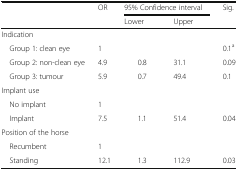
<table><thead><tr><td rowspan="2"></td><td><b>OR</b></td><td colspan="2"><b>95% Confidence interval</b></td><td rowspan="2"><b>Sig.</b></td></tr><tr><td></td><td><b>Lower</b></td><td><b>Upper</b></td></tr></thead><tbody><tr><td colspan="5">Indication</td></tr><tr><td> Group 1: clean eye</td><td>1</td><td></td><td></td><td>0.1<sup>a</sup></td></tr><tr><td> Group 2: non-clean eye</td><td>4.9</td><td>0.8</td><td>31.1</td><td>0.09</td></tr><tr><td> Group 3: tumour</td><td>5.9</td><td>0.7</td><td>49.4</td><td>0.1</td></tr><tr><td colspan="5">Implant use</td></tr><tr><td> No implant</td><td>1</td><td></td><td></td><td></td></tr><tr><td> Implant</td><td>7.5</td><td>1.1</td><td>51.4</td><td>0.04</td></tr><tr><td colspan="5">Position of the horse</td></tr><tr><td> Recumbent</td><td>1</td><td></td><td></td><td></td></tr><tr><td> Standing</td><td>12.1</td><td>1.3</td><td>112.9</td><td>0.03</td></tr></tbody></table>